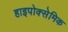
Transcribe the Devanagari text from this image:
हाइपोक्सेमिक